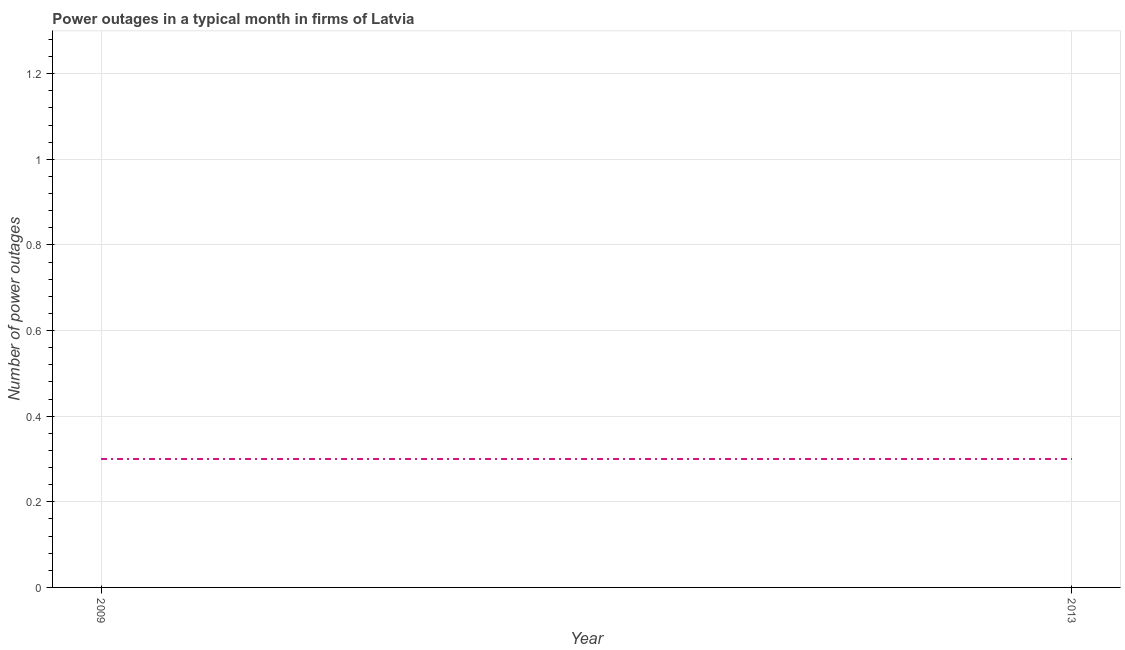
| Year | Power outages |
 | --- | --- |
 | 2009 | 0.3 |
 | 2013 | 0.3 |